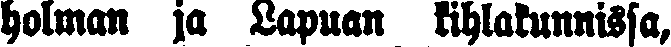
Holman ja Lapuan kihlakunnissa,